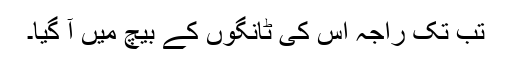
تب تک راجہ اس کی ٹانگوں کے بیچ میں آ گیا۔